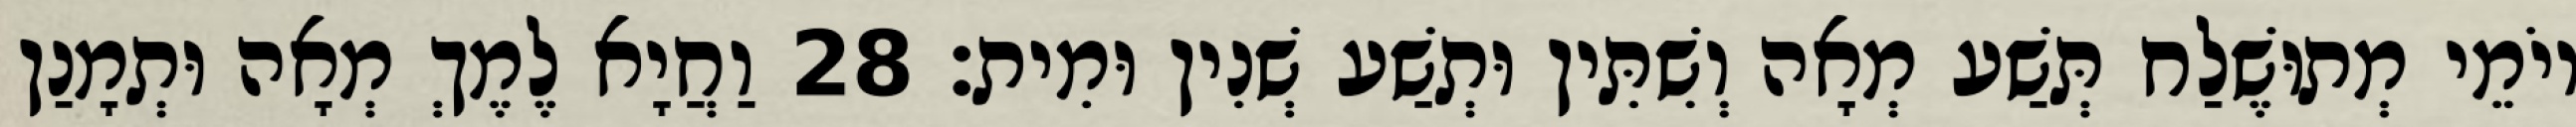
יוֹמֵי מְתוּשֶׁלַח תְּשַׁע מְאָה וְשִׁתִּין וּתְשַׁע שְׁנִין וּמִית׃ 28 וַחֲיָא לֶמֶךְ מְאָה וּתְמָנַן